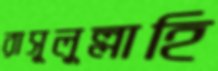
রাসূলুল্লাহি